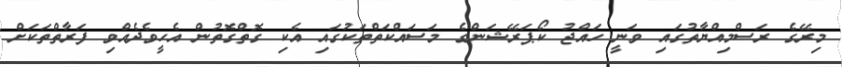
މިރޭގެ ރަސްމިއްޔާތުގައި ވަނީ ހައްޖު ކޯޕަރޭޝަންގެ މަސައްކަތްތަކުގައި އެކި ގޮތްގޮތުން އެހީވެދެއްވި ފަރާތްތަކަށް